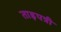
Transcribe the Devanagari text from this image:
ताड़पत्री